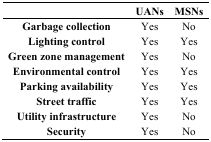
<table><thead><tr><td></td><td><b>UANs</b></td><td><b>MSNs</b></td></tr></thead><tbody><tr><td><b>Garbage collection</b></td><td>Yes</td><td>No</td></tr><tr><td><b>Lighting control</b></td><td>Yes</td><td>Yes</td></tr><tr><td><b>Green zone management</b></td><td>Yes</td><td>No</td></tr><tr><td><b>Environmental control</b></td><td>Yes</td><td>Yes</td></tr><tr><td><b>Parking availability</b></td><td>Yes</td><td>Yes</td></tr><tr><td><b>Street traffic</b></td><td>Yes</td><td>Yes</td></tr><tr><td><b>Utility infrastructure</b></td><td>Yes</td><td>No</td></tr><tr><td><b>Security</b></td><td>Yes</td><td>No</td></tr></tbody></table>